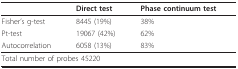
<table><thead><tr><td></td><td><b>Direct test</b></td><td><b>Phase continuum test</b></td></tr></thead><tbody><tr><td>Fisher&#x27;s g-test</td><td>8445 (19%)</td><td>38%</td></tr><tr><td>Pt-test</td><td>19067 (42%)</td><td>62%</td></tr><tr><td>Autocorrelation</td><td>6058 (13%)</td><td>83%</td></tr><tr><td colspan="3">Total number of probes 45220</td></tr></tbody></table>